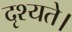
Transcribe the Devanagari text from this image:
दृश्यते।